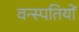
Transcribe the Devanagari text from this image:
वन्स्पतियों